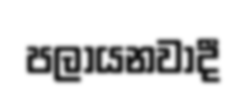
පලායනවාදී